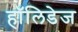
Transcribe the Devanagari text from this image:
हॉलिडेज